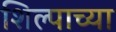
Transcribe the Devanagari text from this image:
शिल्पाच्या